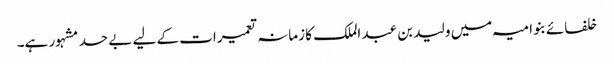
خلفائے بنو امیہ میں ولید بن عبد الملک کا زمانہ تعمیرات کے لیے بے حد مشہور ہے۔